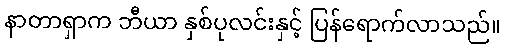
နာတာရှာက ဘီယာ နှစ်ပုလင်းနှင့် ပြန်ရောက်လာသည်။